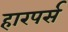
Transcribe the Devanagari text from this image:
हारपर्स